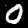
Label: 0